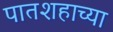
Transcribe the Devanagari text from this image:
पातशहाच्या